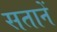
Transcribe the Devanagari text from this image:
सतानें